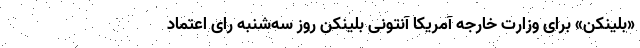
«بلینکن» برای وزارت خارجه آمریکا آنتونی بلینکن روز سه‌شنبه رای اعتماد